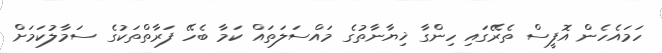
ހަމައެހެން އޮފީސް ތެރޭގައި ހިންގާ ޚިޔާނާތުގެ މައްސަލަތައް ކަމާ ބެހޭ ފަރާތްތަކުގެ ސަމާލުކަމަށް